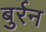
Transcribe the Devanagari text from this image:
बुर्रन